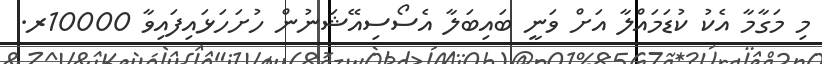
މި މަގާމާ އެކު ކުޑަމައްލާ އަށް ވަނީ ބައިބަލާ އެސޯސިއޭޝަނުން ހުށަހަޅައިފައިވާ 10000ރ.